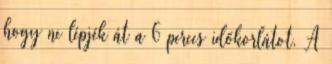
hogy ne lépjék át a 6 perces időkorlátot. A